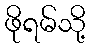
ဖိုရမ်သို့